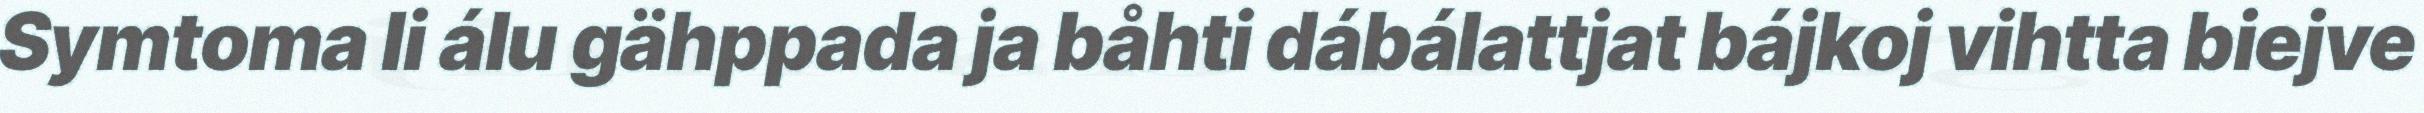
Symtoma li álu gähppada ja båhti dábálattjat bájkoj vihtta biejve